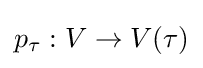
p_{\tau }:V\to V(\tau )